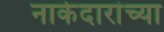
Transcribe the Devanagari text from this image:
नाकेदारांच्या